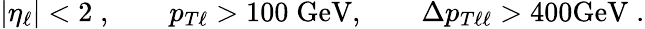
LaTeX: |\eta_{\ell}|<2\; ,\qquad p_{T\ell}>100\; \mathrm{GeV},\qquad\Delta p_{T\ell\ell}>400\mathrm{GeV}\; .